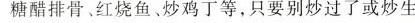
糖醋排骨、红烧鱼、炒鸡丁等，只要别炒过了或炒生